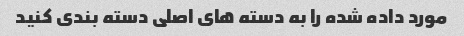
مورد داده شده را به دسته های اصلی دسته بندی کنید